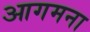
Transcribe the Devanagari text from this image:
आगमना